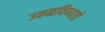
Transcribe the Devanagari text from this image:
उकळविण्याचे